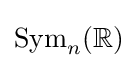
{\mbox{Sym}}_{n}(\mathbb {R} )